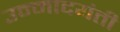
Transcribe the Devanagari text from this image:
उन्मादयंती